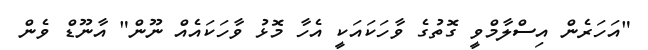
"އަހަރެން އިސްލާމްވީ ގޮތުގެ ވާހަކައަކީ އެހާ މޮޅު ވާހަކައެއް ނޫން" އާނޫޑް ވެން